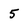
Character: 5